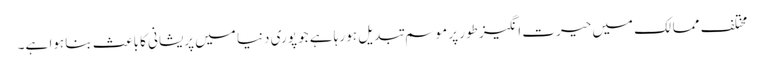
مختلف ممالک میں حیرت انگیز طور پر موسم تبدیل ہو رہا ہے جو پوری دنیا میں پریشانی کا باعث بنا ہوا ہے۔